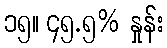
၁၅။ ၄၅.၅% နှုန်း